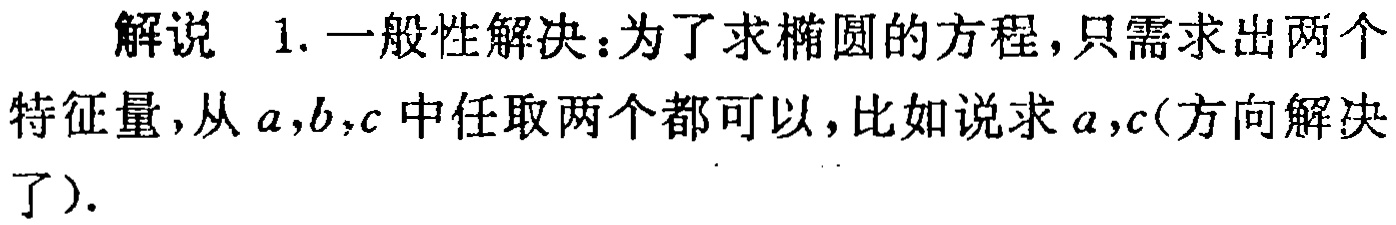
解说 1. 一般性解决：为了求椭圆的方程，只需求出两个
特征量，从\(a,b,c\)中任取两个都可以，比如说求\(a,c\)(方向解决
了).